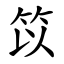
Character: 笖